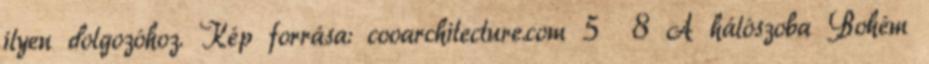
ilyen dolgozóhoz. Kép forrása: cooarchitecture.com 5 8 A hálószoba Bohém